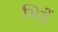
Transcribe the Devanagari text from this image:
भिड़ें